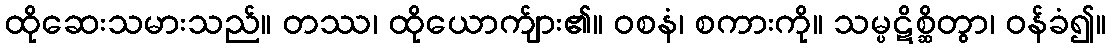
ထိုဆေးသမားသည်။ တဿ၊ ထိုယောက်ျား၏။ ဝစနံ၊ စကားကို။ သမ္ပဋိစ္ဆိတွာ၊ ဝန်ခံ၍။